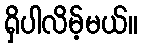
ရှိပါလိမ့်မယ်။